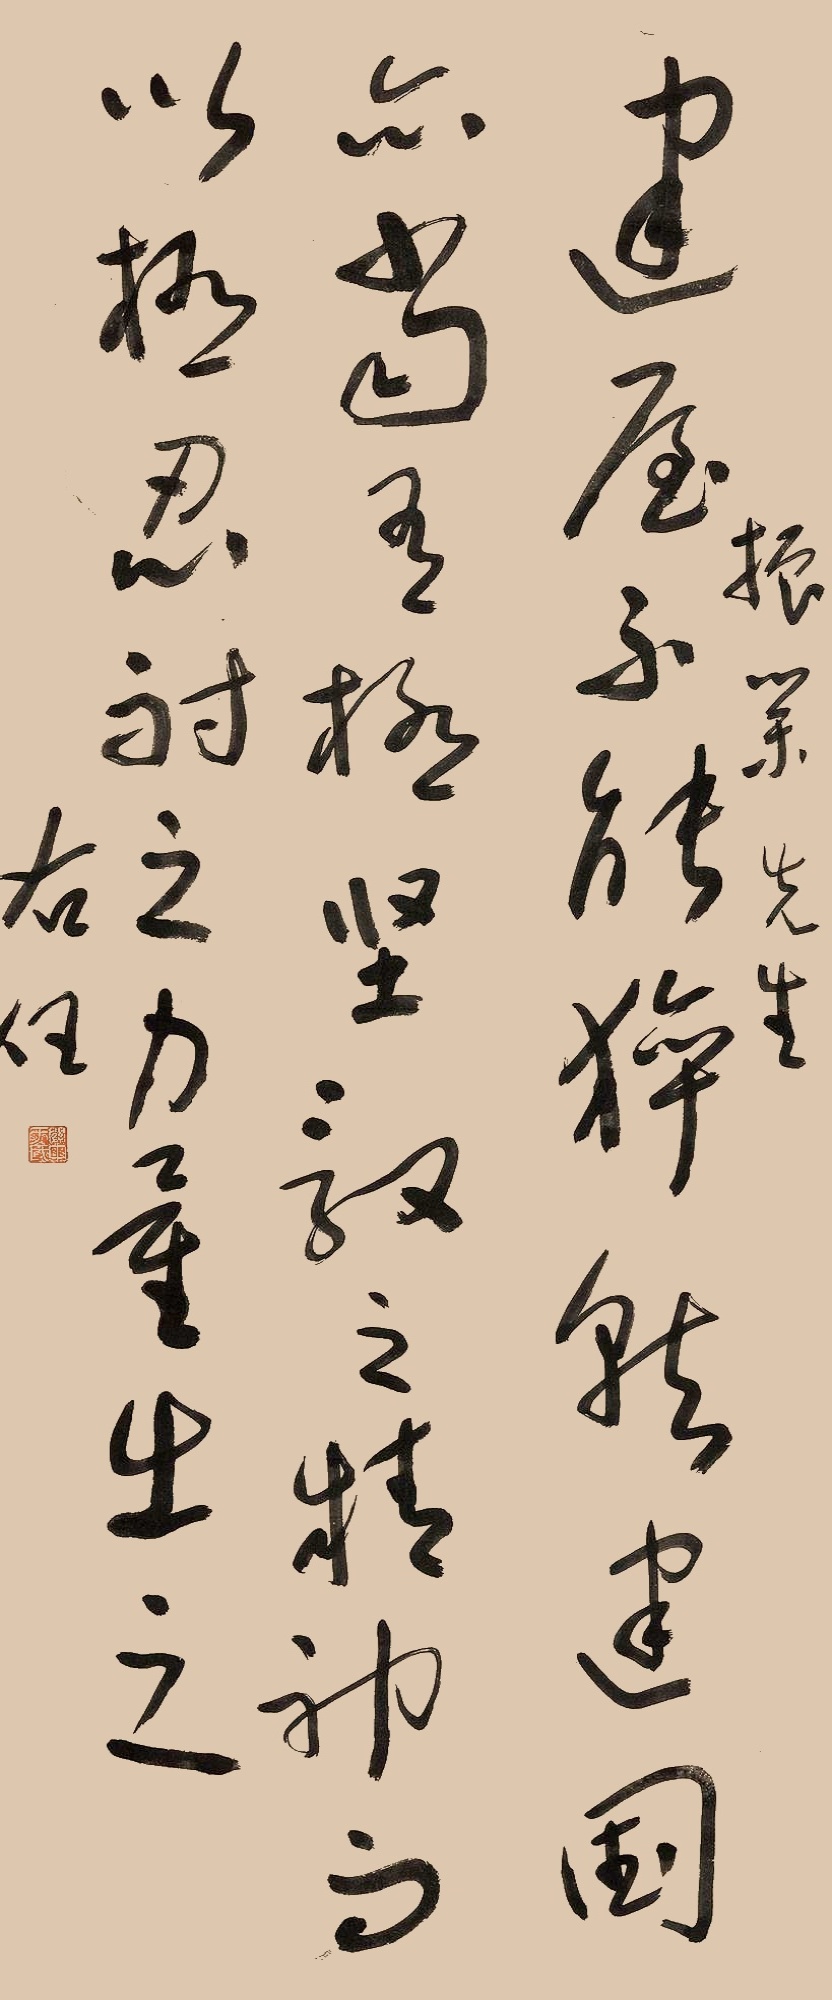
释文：建屋不能猝就，建国亦当有极坚毅之精神，而以极忍耐之力量出之。振业先生，右任。